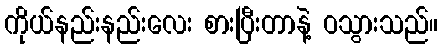
ကိုယ်နည်းနည်းလေး စားပြီးတာနဲ့ ဝသွားသည်။